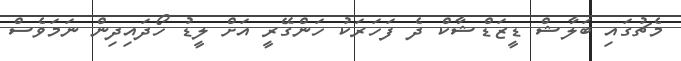
މެޗުގައި ބަލާޝް ޑީޒަޑްޝާކް ދެ ފަހަރަކު ހަންގޭރީ އަށް ލީޑު ހޯދައިދިން ނަމަވެސް